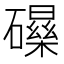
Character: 𱴺